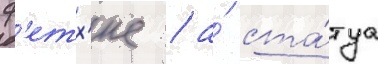
ф'етх'ие / а́ ста́туа